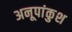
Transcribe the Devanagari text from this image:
अनूपांकुश